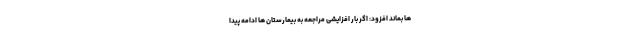
ها بماند افزود: اگر بار افزایشی مراجعه به بیمارستان ها ادامه پیدا